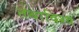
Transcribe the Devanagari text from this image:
तथाविश्व